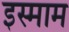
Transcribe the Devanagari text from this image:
इस्माम